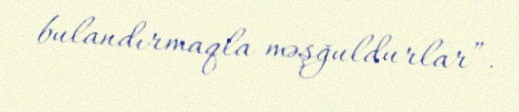
bulandırmaqla məşğuldurlar”.